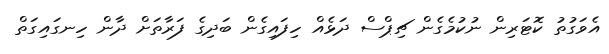
އެވަގުތު ކޮޓަރިން ނުކުމެގެން ޗިޕްސް ދަޅެއް ހިފައިގެން ބަދިގެ ފަރާތަށް ދާން ހިނގައިގަތް